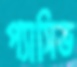
প্যাসিভ